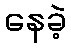
နေခဲ့